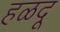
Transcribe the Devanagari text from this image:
हळदू